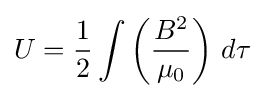
U={\frac {1}{2}}\int \left({\frac {B^{2}}{\mu _{0}}}\right)\,d\tau